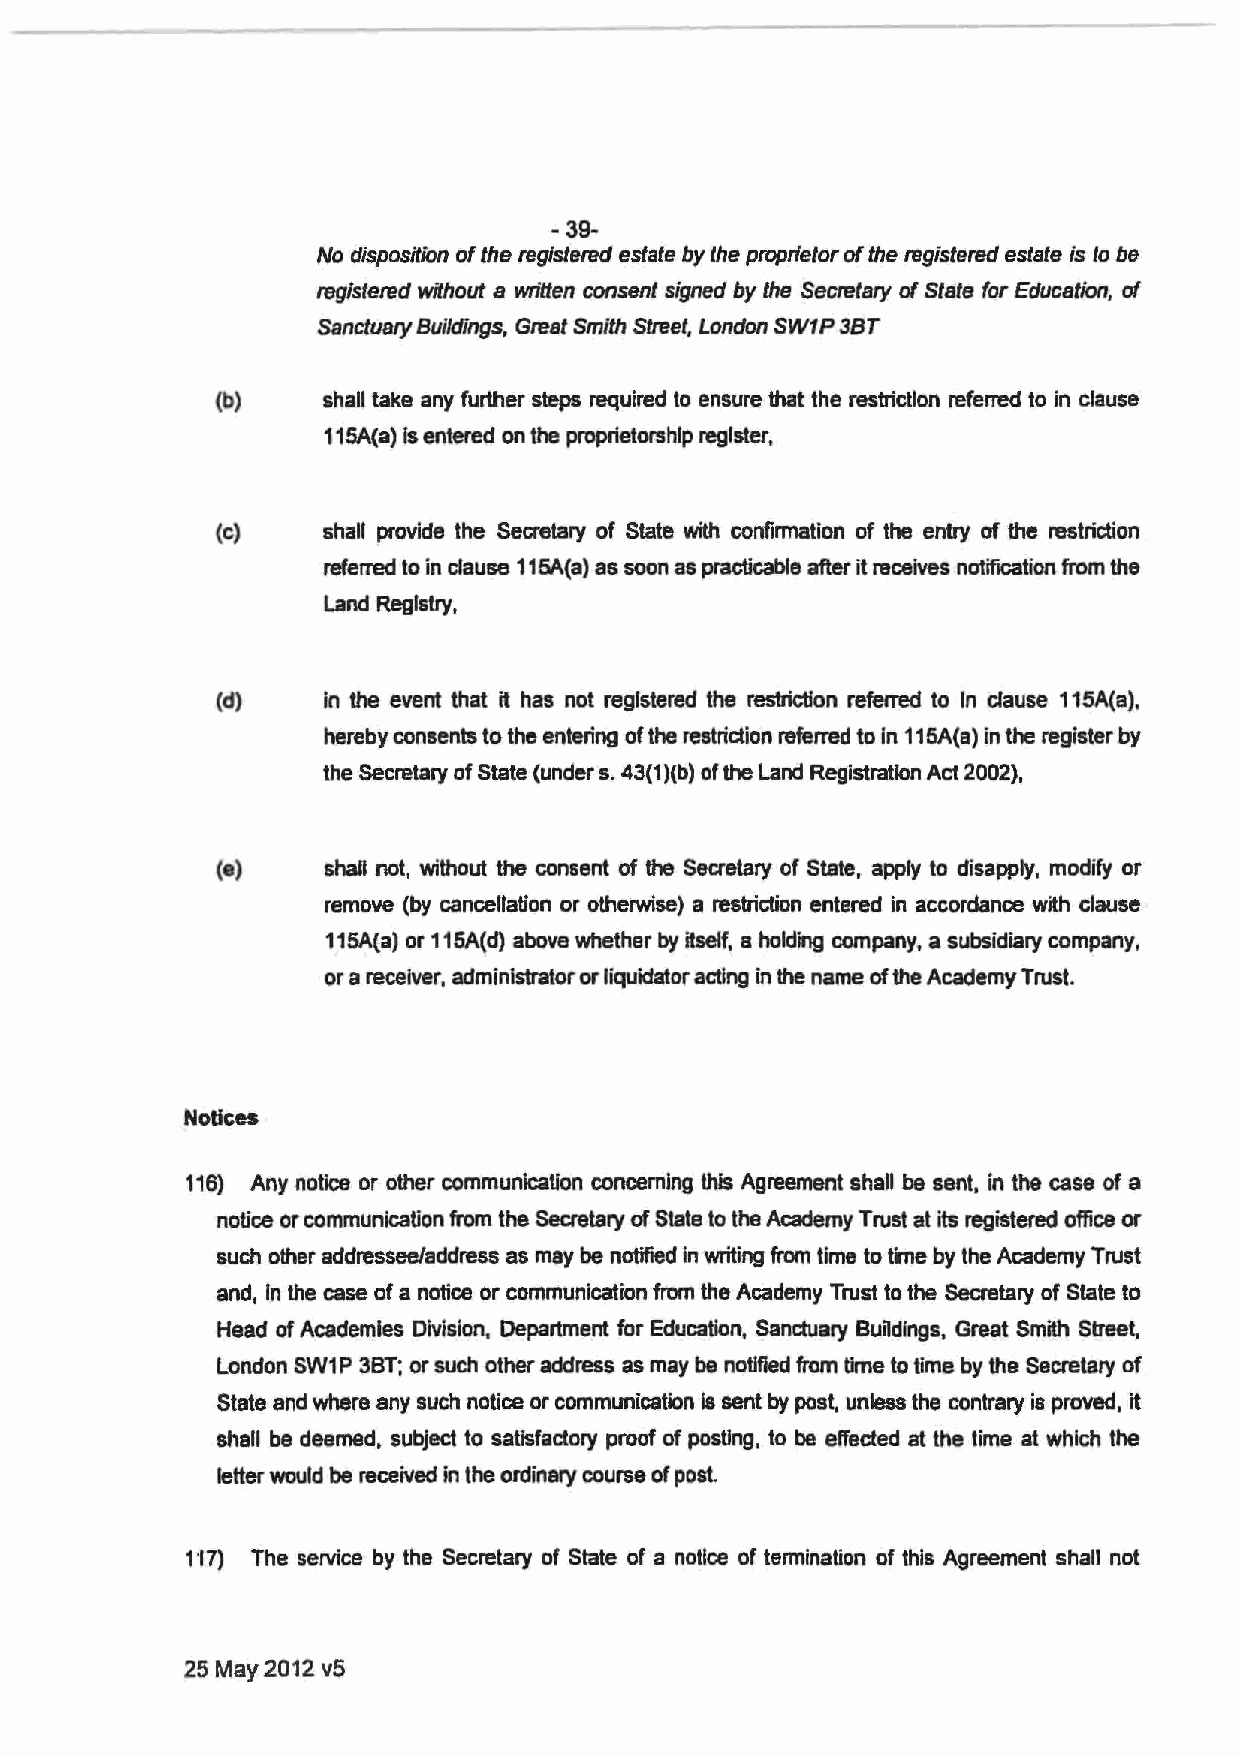
-39-
 No disposition of the registered estate by the proprietor of the registered estate is to be
 registered without a written consent signed by the Secretary of State far Education, of
 Sanctu81}' Buildings, Great Smith Street, London SW1P 3BT
 (b)    shall take any further steps required to ensure that the restriction referred to in clause
 115A(a) is entered on the proprietorship register,
 (c)    shall provide the Secretary of Slate with confirmation of the entry of the restriction
 referred to in clause 115A(a) as soon as practicable after it receives notifiCation from the
 Land Registry,
 (d)    in the event that it has not registered the restriction referred to In clause 115A(a),
 hereby consents to the entering of the restridion referred to In 115A(a) in the register by
 the Secretary of State (under s. 43(1 )(b) of the Land Registration Act 2002),
 (e)    shall not, without the consent of the Secretary of State, apply to disapply, modify or
 remove (by cancellation or otherwise) a restriction entered in accordance with clause
 115A(a) or 115A(d) above whether by Hself, a holding company, a subsidiary company,
 or a receiver, administrator or liquidator acting in the name of the Academy Trust.
 Notices
 116) Any notice or other communication concerning this Agreement shall be sent, in the case of a
 notice or communication from the Secretary of State to the Academy Trust at its registered office or
 such other addressee/address as may be notified In writing from time to time by the Academy Trust
 and, In the case of a notice or communication from the Academy Trust to the Seaetary of Slate to
 Head of Academies Division, Department for Education, Sanctuary Bu~dings, Great Smith Street,
 London SW1 P 3BT; or such other address as may be notified from time to time by the Secretary of
 State and where any such notice or communication Is sent by post, unless the contrary is proved, it
 shall be deemed, subject to satlsfadory proof of posting, to be effected at the time at which the
 letter would be received in the ordinary course of post.
 1' 17) The service by the Secretary of State of a notice of termination of this Agreement shall not
 25 May 2012 v5